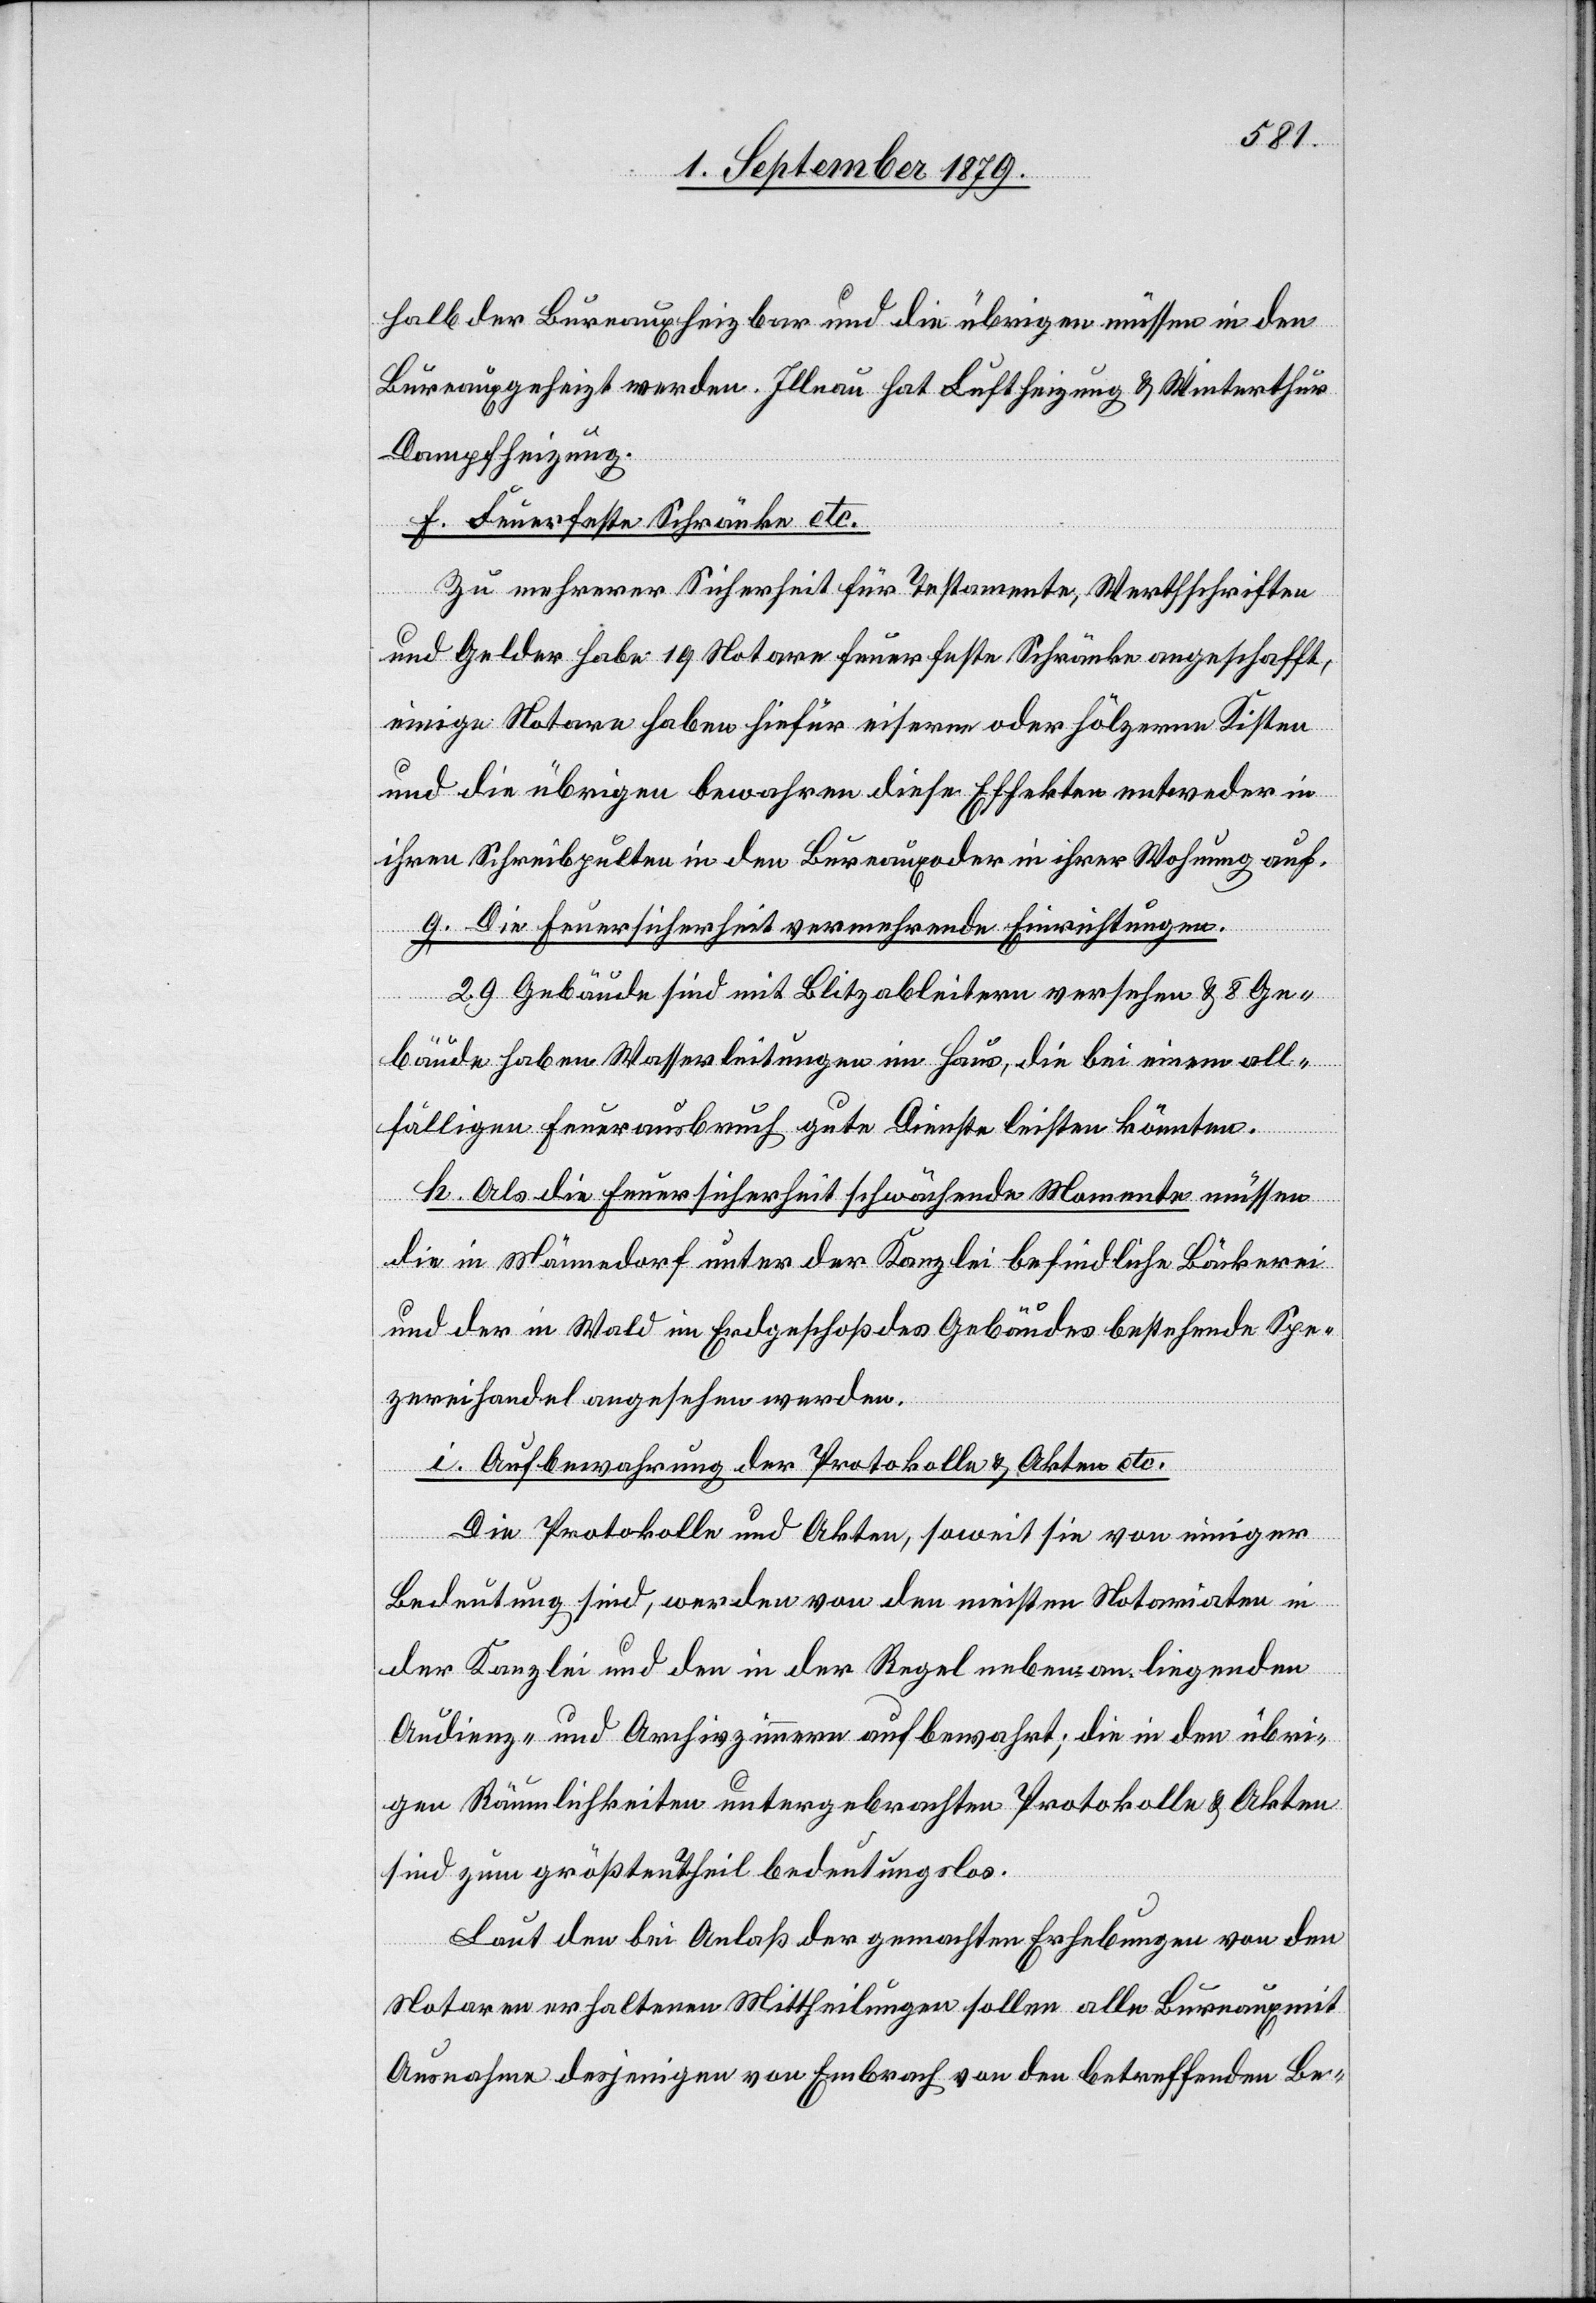
halb der Bureaux heizbar und die übrigen müssen in den
Bureaux geheizt werden. Illnau hat Luftheizung & Winterthur
Dampfheizung.
f. Feuerfeste Schränke etc.
Zu mehrerer Sicherheit für Testamente, Werthschriften
und Gelder haben 19 Notare feuerfeste Schränke angeschafft,
einige Notare haben hiefür eiserne oder hölzerne Kisten
und die übrigen bewahren diese Effekten entweder in
ihren Schreibpulten in den Bureaux oder in ihrer Wohnung auf.
g. Die Feuersicherheit vermehrende Einrichtungen.
29 Gebäude sind mit Blitzableitern versehen & 8 Ge¬
bäude haben Wasserleitungen im Haus, die bei einem all¬
fälligen Feuerausbruch gute Dienste leisten könnten.
h. Als die Feuersicherheit schwächende Momente müssen
die in Männedorf unter der Kanzlei befindliche Bäckerei
und der in Wald im Erdgeschoß des Gebäudes bestehende Spe¬
zereihandel angesehen werden.
i. Aufbewahrung der Protokolle & Akten etc.
Die Protokolle und Akten, soweit sie von einiger
Bedeutung sind, werden von den meisten Notariaten in
der Kanzlei und den in der Regel nebenan liegenden
Audienz- und Archivzimmer aufbewahrt; die in den übri¬
gen Räumlichkeiten untergebrachten Protokolle & Akten
sind zum größten Theil bedeutungslos.
Laut den bei Anlaß der gemachten Erhebungen von den
Notaren erhaltenen Mittheilungen sollen alle Bureaux mit
Ausnahme desjenigen von Embrach von den betreffenden Be-